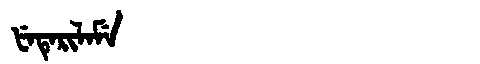
Manchu: ᡶᡝᡨᡝᡵᡳᠯᠠᠮᡝ
Romanization: FETERILAME